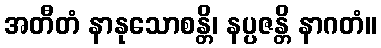
အတီတံ နာနုသောစန္တိ၊ နပ္ပဇန္တိ နာဂတံ။